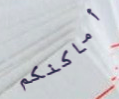
أماكنكم